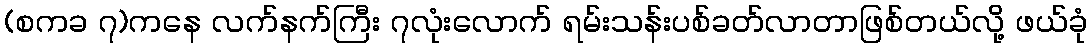
(စကခ ၇)ကနေ လက်နက်ကြီး ၇လုံးလောက် ရမ်းသန်းပစ်ခတ်လာတာဖြစ်တယ်လို့ ဖယ်ခုံ